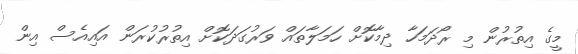
މީގެ އިތުރުން މި ރޯދަމަހާ ދިމާކޮށް ހަމަލާތައް ވަރުގަދަކޮށް އިތުރުކުރަން އައިއެސް އިން